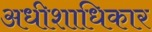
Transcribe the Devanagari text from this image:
अधीशाधिकार